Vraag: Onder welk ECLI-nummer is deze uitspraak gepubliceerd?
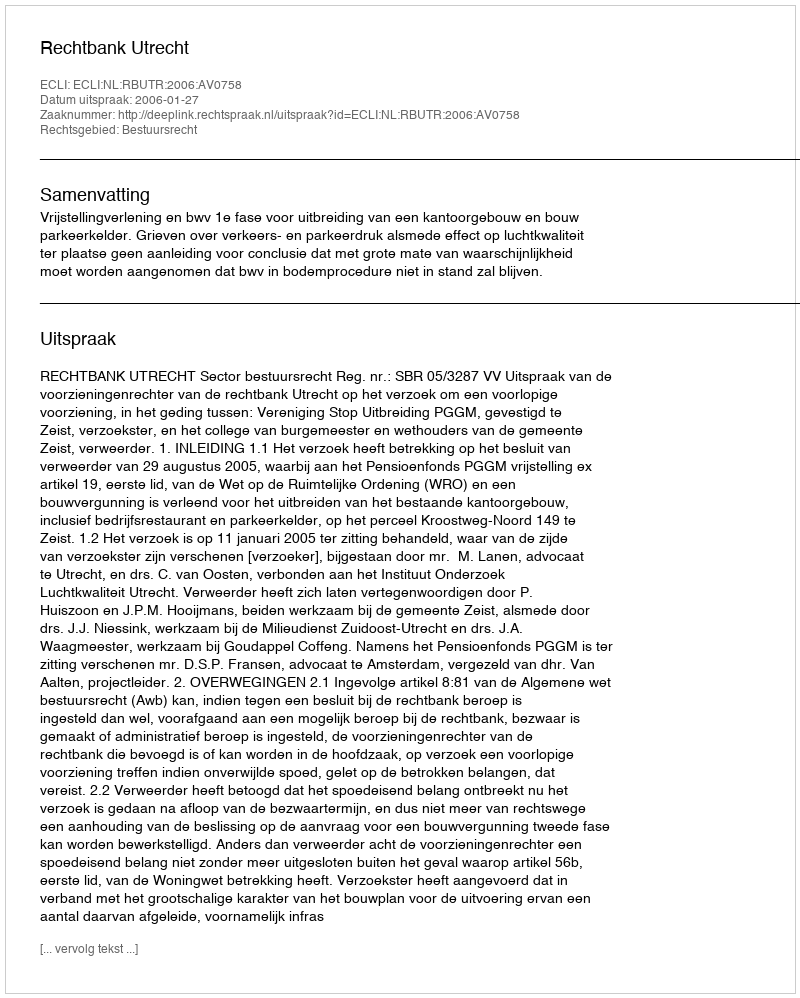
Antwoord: ECLI:NL:RBUTR:2006:AV0758